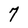
Character: 7